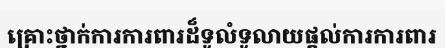
គ្រោះថ្នាក់ការការពារដ៏ទូលំទូលាយផ្តល់ការការពារ